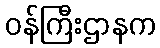
ဝန်ကြီးဌာနက